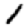
Digit: 1